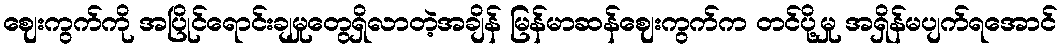
ဈေးကွက်ကို အပြိုင်ရောင်းချမှုတွေရှိလာတဲ့အချိန် မြန်မာဆန်ဈေးကွက်က တင်ပို့မှု အရှိန်မပျက်ရအောင်